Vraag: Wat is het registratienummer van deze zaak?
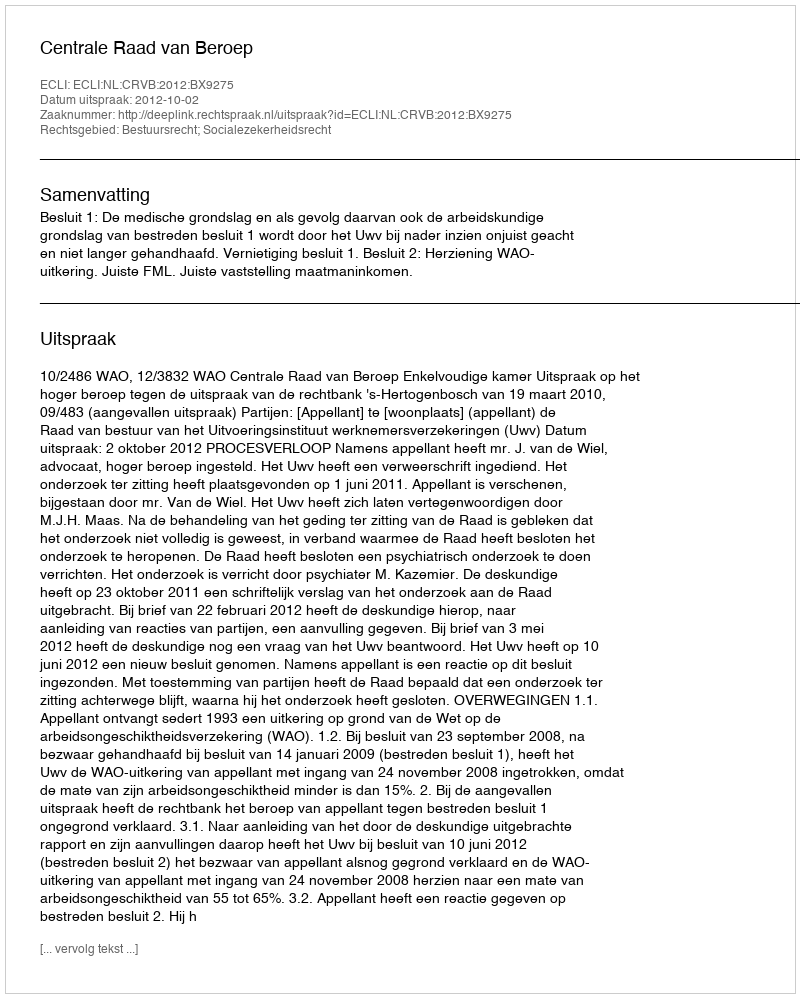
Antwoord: http://deeplink.rechtspraak.nl/uitspraak?id=ECLI:NL:CRVB:2012:BX9275